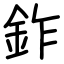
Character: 鈼